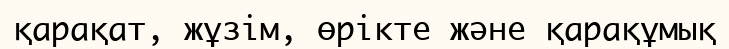
қарақат, жұзім, өрікте және қарақұмық